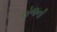
રોજની